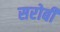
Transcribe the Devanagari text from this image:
सरोबी